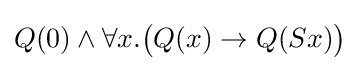
Q(0)\land \forall x.{\big (}Q(x)\to Q(Sx){\big )}